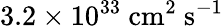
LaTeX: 3.2\times 10^{33}\ \textrm{cm}^{2}\ \textrm{s}^{-1}